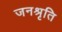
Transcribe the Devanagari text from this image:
जनश्रृति